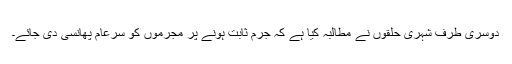
دوسری طرف شہری حلقوں نے مطالبہ کیا ہے کہ جرم ثابت ہونے پر مجرموں کو سرعام پھانسی دی جائے۔